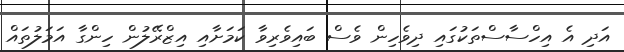
އަދި އެ އިހްސާސްތަކުގައި ދިވެހިން ވެސް ބައިވެރިވާ ކަމަށާއި އިޒްރޭލުން ހިންގާ އަމަލުތައް